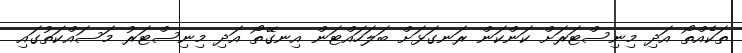
ތަކެއްތޯ އަދި މިނިސްޓަރަށް ކަންކަން ރަނގަޅަށް ބަލަހައްޓަން އިނގޭތޯ އަދި މިނިސްޓަރު މަސައްކަތުގައި